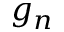
g _ { n }